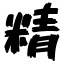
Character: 精